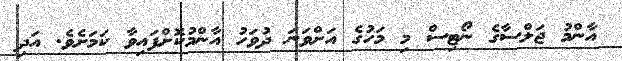
އާންމު ޖަލްސާގެ ނޯޓިސް މި މަހުގެ އަށްވަނަ ދުވަހު އާންމުކޮށްފައިވާ ކަމަށެވެ. އަދި